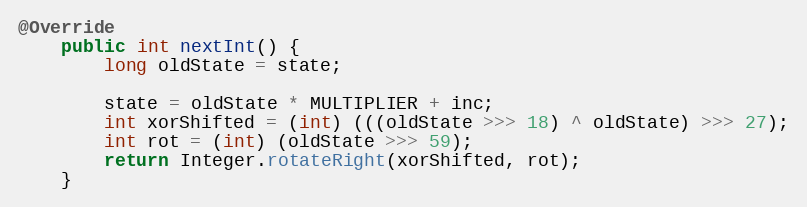
Language: Java
@Override
    public int nextInt() {
        long oldState = state;

        state = oldState * MULTIPLIER + inc;
        int xorShifted = (int) (((oldState >>> 18) ^ oldState) >>> 27);
        int rot = (int) (oldState >>> 59);
        return Integer.rotateRight(xorShifted, rot);
    }